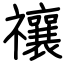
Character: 禳